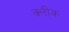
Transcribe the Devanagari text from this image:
क्लीक